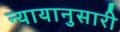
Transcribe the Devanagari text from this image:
न्यायानुसारी